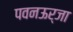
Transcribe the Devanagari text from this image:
पवनऊर्जा